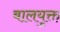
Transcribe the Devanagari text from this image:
बालयुक्त